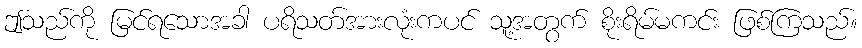
ဤသည်ကို မြင်ရသောအခါ ပရိသတ်အားလုံးကပင် သူ့အတွက် စိုးရိမ်မကင်း ဖြစ်ကြသည်။